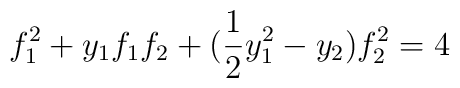
f_1^2 + y_1 f_1 f_2 + (\frac{1}{2} y^2_1 - y_2) f_2^2 = 4